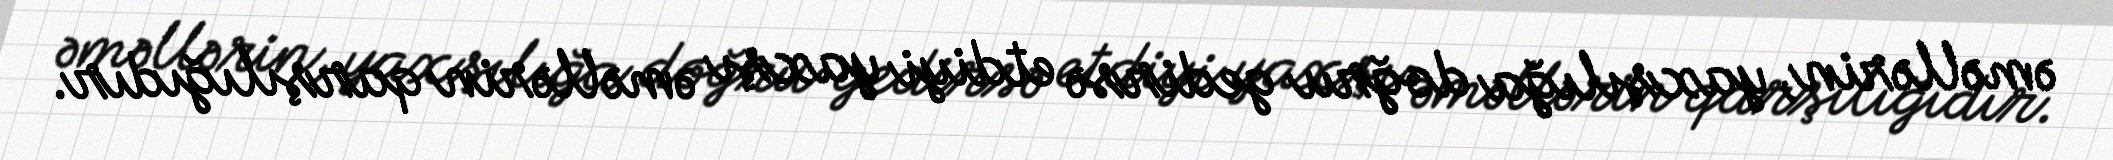
əməllərin, yaxşılığa doğru gedirsə etdiyi yaxşı əməllərin qarşılığıdır.